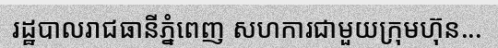
រដ្ឋបាលរាជធានីភ្នំពេញ សហការជាមួយក្រុមហ៊ុន...